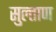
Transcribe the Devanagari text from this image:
सुल्ताण